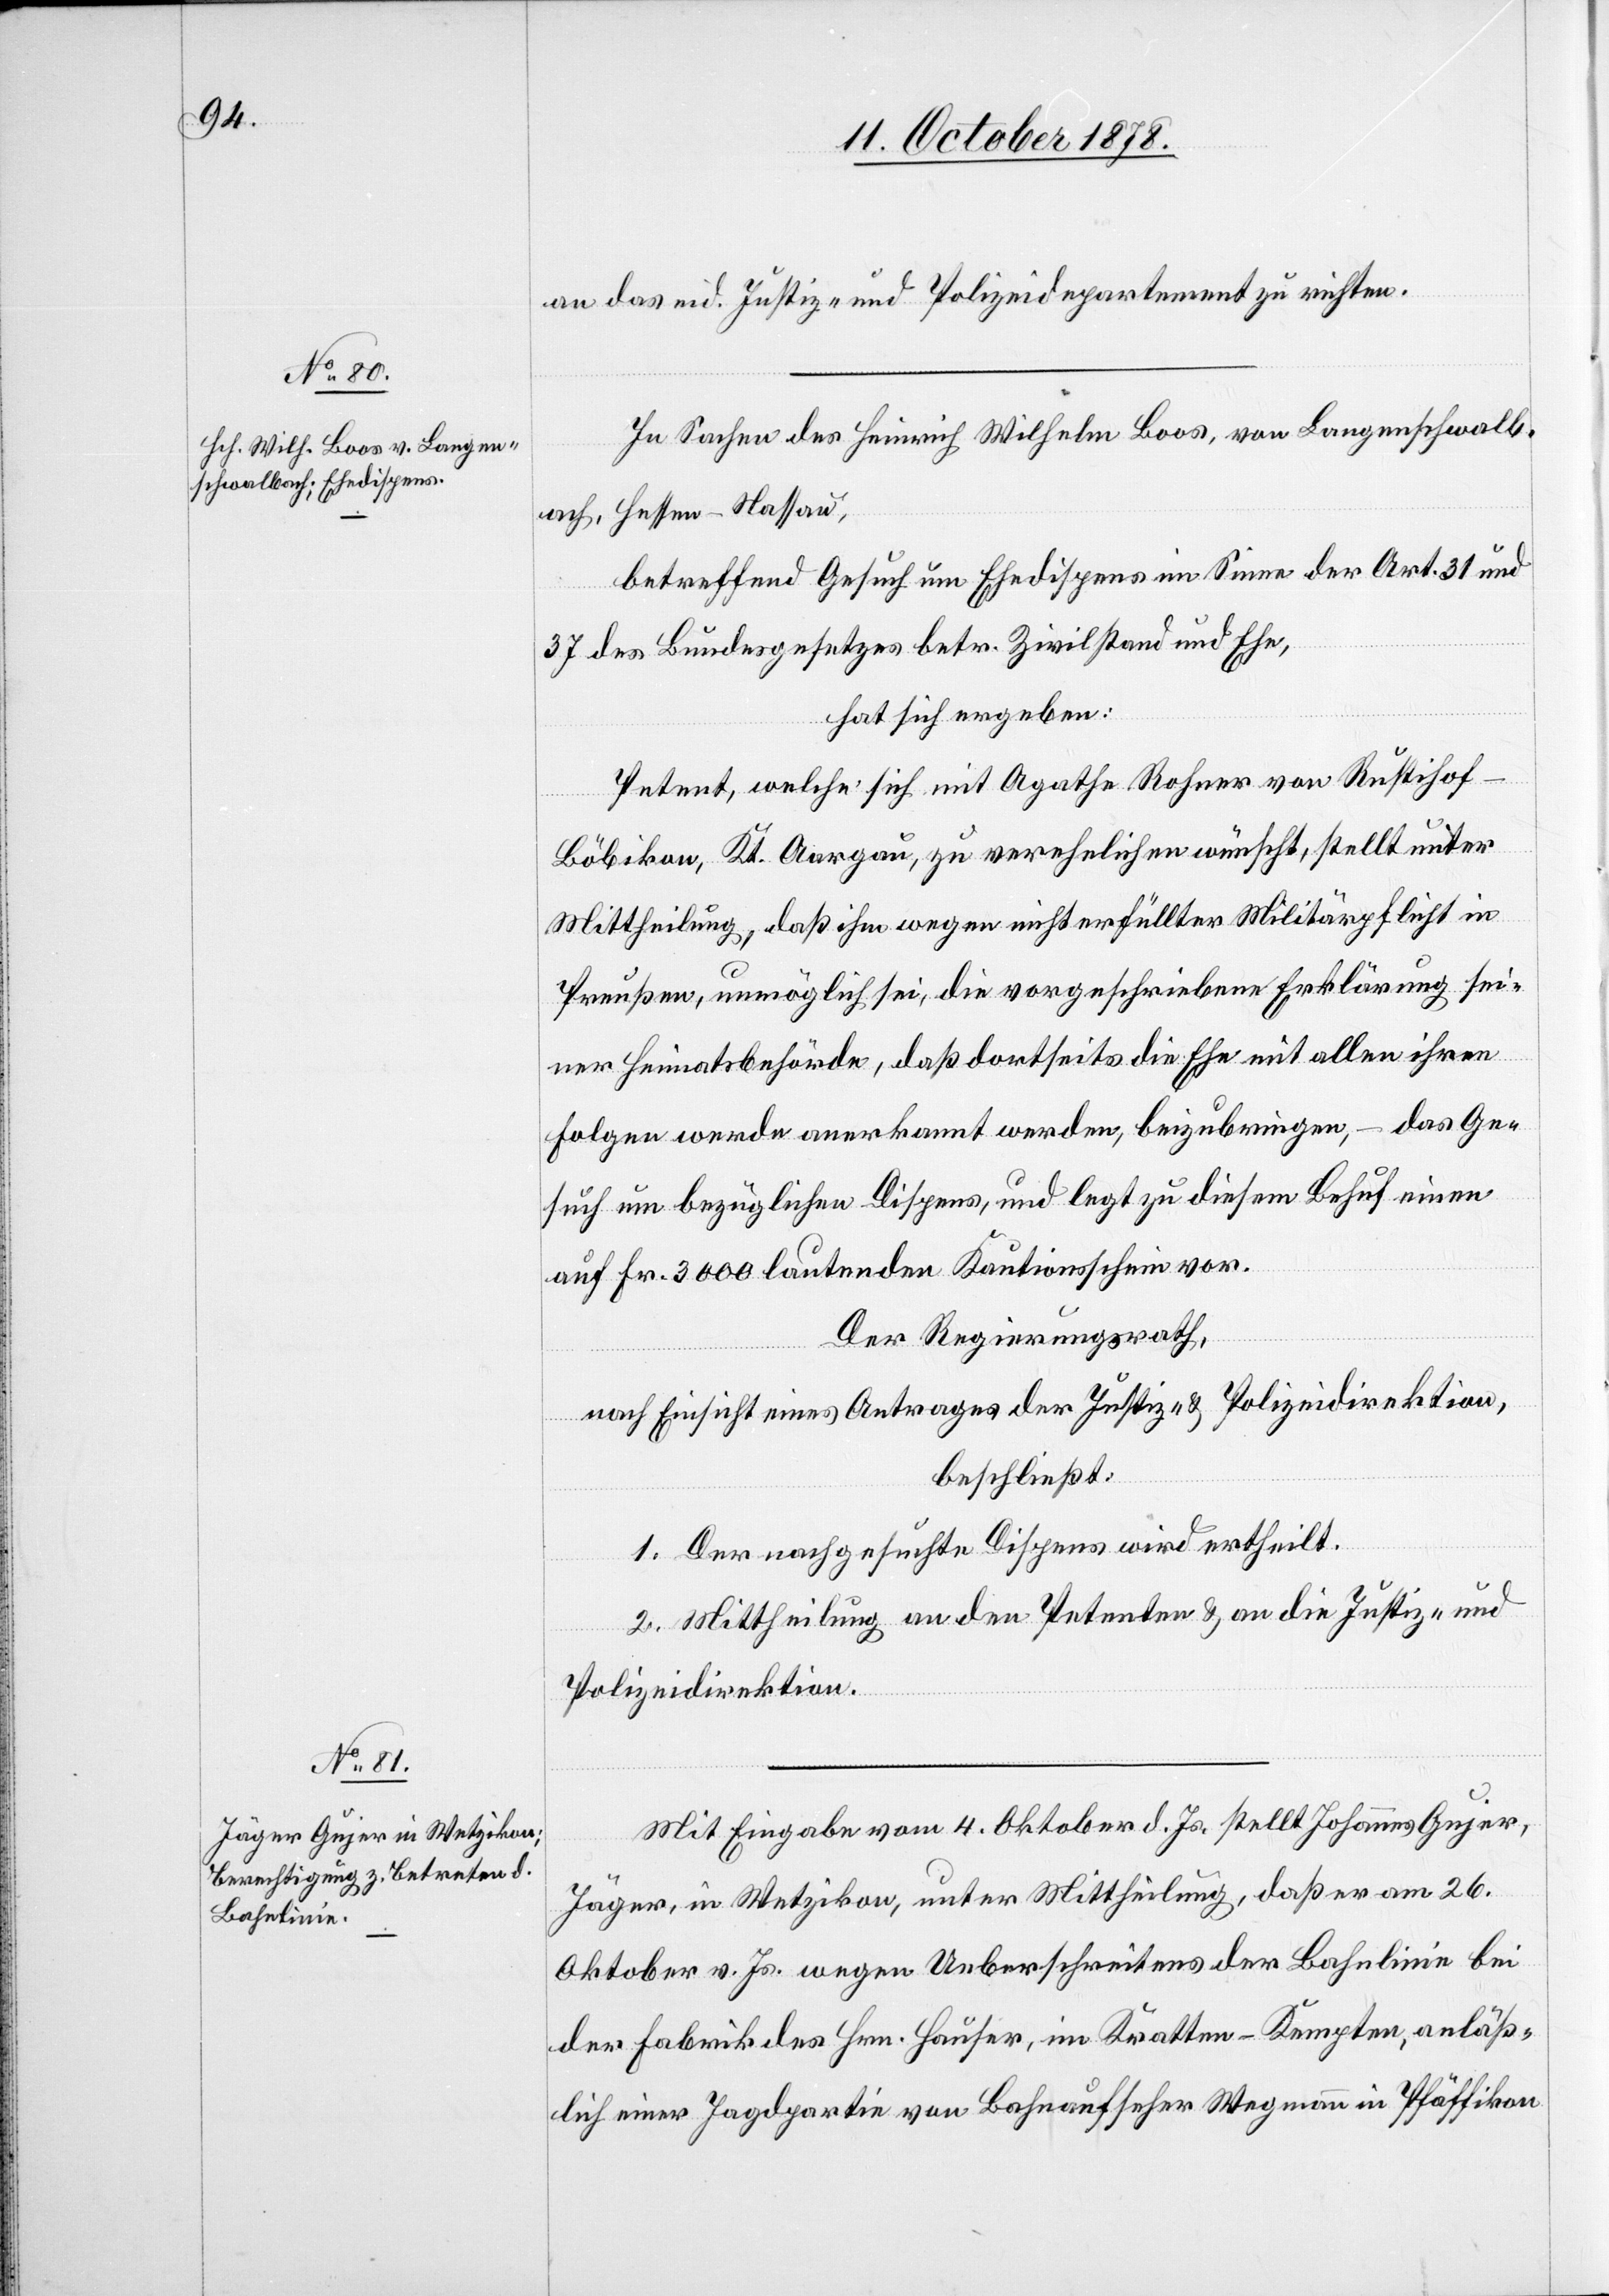
an das eid. Justiz- & Polizeidepartement zu richten.
In Sachen des Heinrich Wilhelm Boos, von Langenschwalb¬
ach, Hessen - Nassau,
betreffend Gesuch um Ehedispens im Sinne der Art. 31 und
37 des Bundesgesetzes betr. Zivilstand und Ehe,
hat sich ergeben:
Petent, welcher sich mit Agathe Rohner von Rustihof
Böbikon, Kt. Aargau, zu verehelichen wünscht, stellt unter
Mittheilung, daß ihm wegen nicht erfüllter Militärpflicht in
Preußen, unmöglich sei, die vorgeschriebene Erklärung sei¬
ner Heimatsbehörde, daß dortseits die Ehe mit allen ihren
Folgen werde anerkannt werden, beizubringen, – das Ge¬
such um bezüglichen Dispens, und legt zu diesem Behuf einen
auf Fr. 3000 lautenden Kautionsschein vor.
Der Regierungsrath,
nach Einsicht eines Antrages der Justiz- & Polizeidirektion,
beschließt:
1. Der nachgesuchte Dispens wird ertheilt.
2. Mittheilung an den Petenten & an die Justiz- &
Polizeidirektion.
Mit Eingabe vom 4. Oktober d. Js. stellt Johannes Gujer,
Jäger, in Wetzikon, unter Mittheilung, daß er am 26.
Oktober v. Js. wegen Ueberschreitens der Bahnlinie bei
der Fabrik des Hrn. Hauser, im Kratten - Kempten, anläss¬
lich einer Jagdpartie von Bahnaufseher Wegmann in Pfäffikon